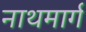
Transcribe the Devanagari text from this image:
नाथमार्ग